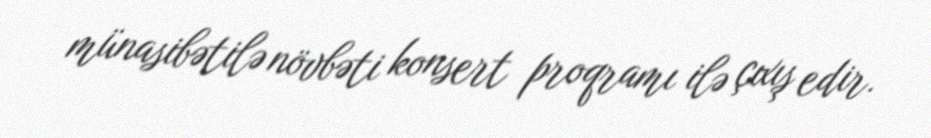
münasibətilə növbəti konsert proqramı ilə çıxış edir.